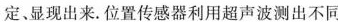
定、显现出来。位置传感器利用超声波测出不同